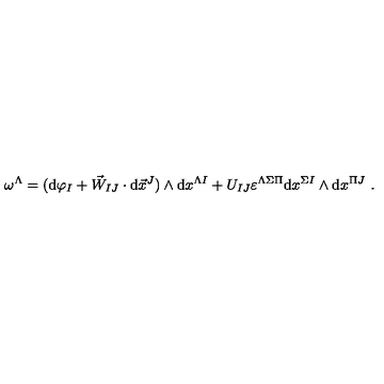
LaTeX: \omega ^ { \Lambda } = ( \mathrm { d } \varphi _ { I } + \vec { W } _ { I J } \cdot \mathrm { d } \vec { x } ^ { J } ) \wedge \mathrm { d } x ^ { \Lambda I } + U _ { I J } \varepsilon ^ { \Lambda \Sigma \Pi } \mathrm { d } x ^ { \Sigma I } \wedge \mathrm { d } x ^ { \Pi J } \ .